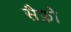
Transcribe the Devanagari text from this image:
सैफ़ो